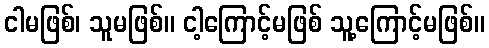
ငါမဖြစ်၊ သူမဖြစ်။ ငါ့ကြောင့်မဖြစ် သူ့ကြောင့်မဖြစ်။